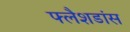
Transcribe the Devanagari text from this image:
फ्लैशडांस